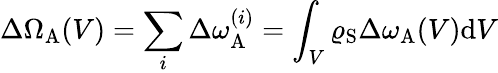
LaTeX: \Delta\Omega_{\mathrm{A}}(V)=\sum_{i}\Delta\omega_{\mathrm{A}}^{(i)}=\int_{V}\varrho_{\mathrm{S}}\Delta\omega_{\mathrm{A}}(V)\mathrm{d}V